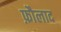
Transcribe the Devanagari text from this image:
फ़ौलाद